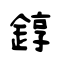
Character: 錞